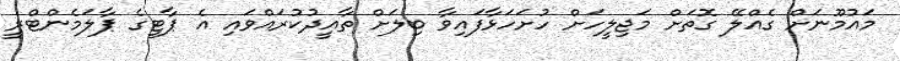
މައުމޫނަށް ގެއްލޭ ގޮތަށް މަޖިލީހަށް ހުށަހަޅާފައިވާ ބިލަށް ތާއީދުކުރައްވައި އެ ޕާޓީގެ ޕާލަމެންޓްރީ